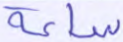
ساعة